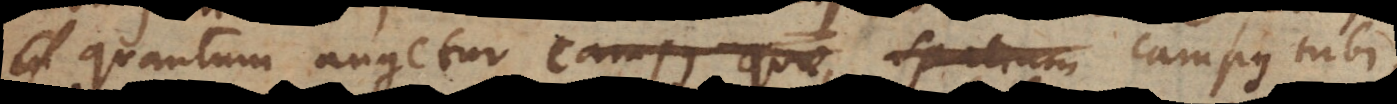
quantum augetur campus que